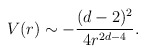
\begin{align*}V(r) \sim -\frac{(d-2)^2}{4r^{2d-4}}.\end{align*}